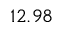
1 2 . 9 8